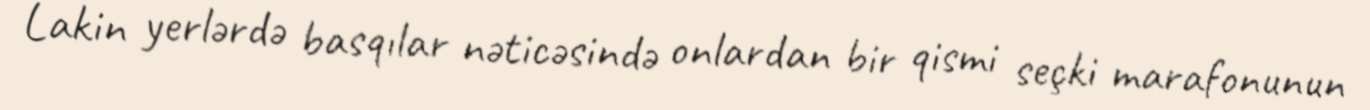
Lakin yerlərdə basqılar nəticəsində onlardan bir qismi seçki marafonunun